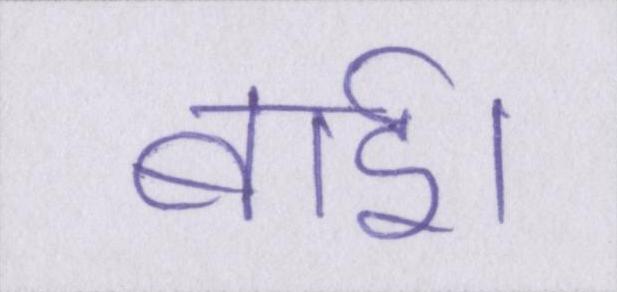
बाई।